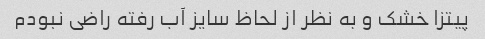
پیتزا خشک و به نظر از لحاظ سایز آب رفته راضی نبودم